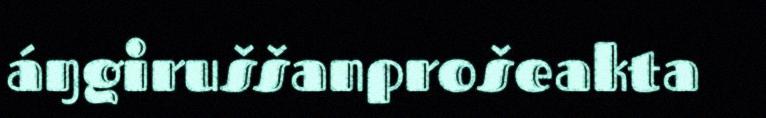
áŋgiruššanprošeakta